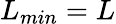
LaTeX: L_{min}=L